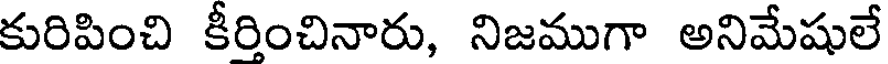
కురిపించి కీర్తించినారు, నిజముగా అనిమేషులే